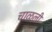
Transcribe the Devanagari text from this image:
चाळली